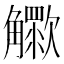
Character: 𧥊